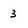
Character: 3